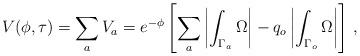
LaTeX: \begin{align*}V(\phi,\tau) = \sum_a V_a = e^{- \phi} \left[\sum_a \left|\int_{\Gamma_a} \Omega\right| - q_o \left|\int_{\Gamma_o} \Omega\right|\right]\,,\end{align*}